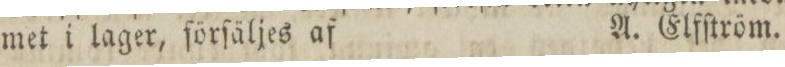
met i lager, förſäljes af    A. Elfſtröm.